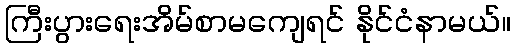
ကြီးပွားရေးအိမ်စာမကျေရင် နိုင်ငံနာမယ်။